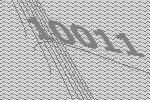
10011